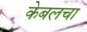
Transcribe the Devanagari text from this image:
केबलचा